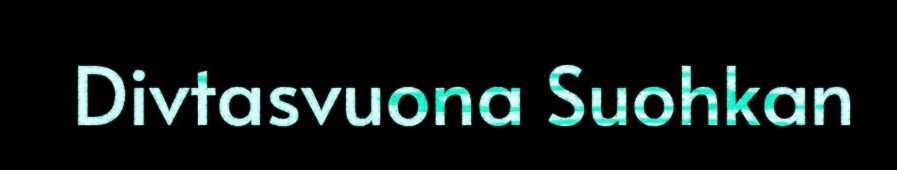
Divtasvuona Suohkan